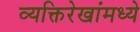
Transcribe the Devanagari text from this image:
व्यक्तिरेखांमध्ये